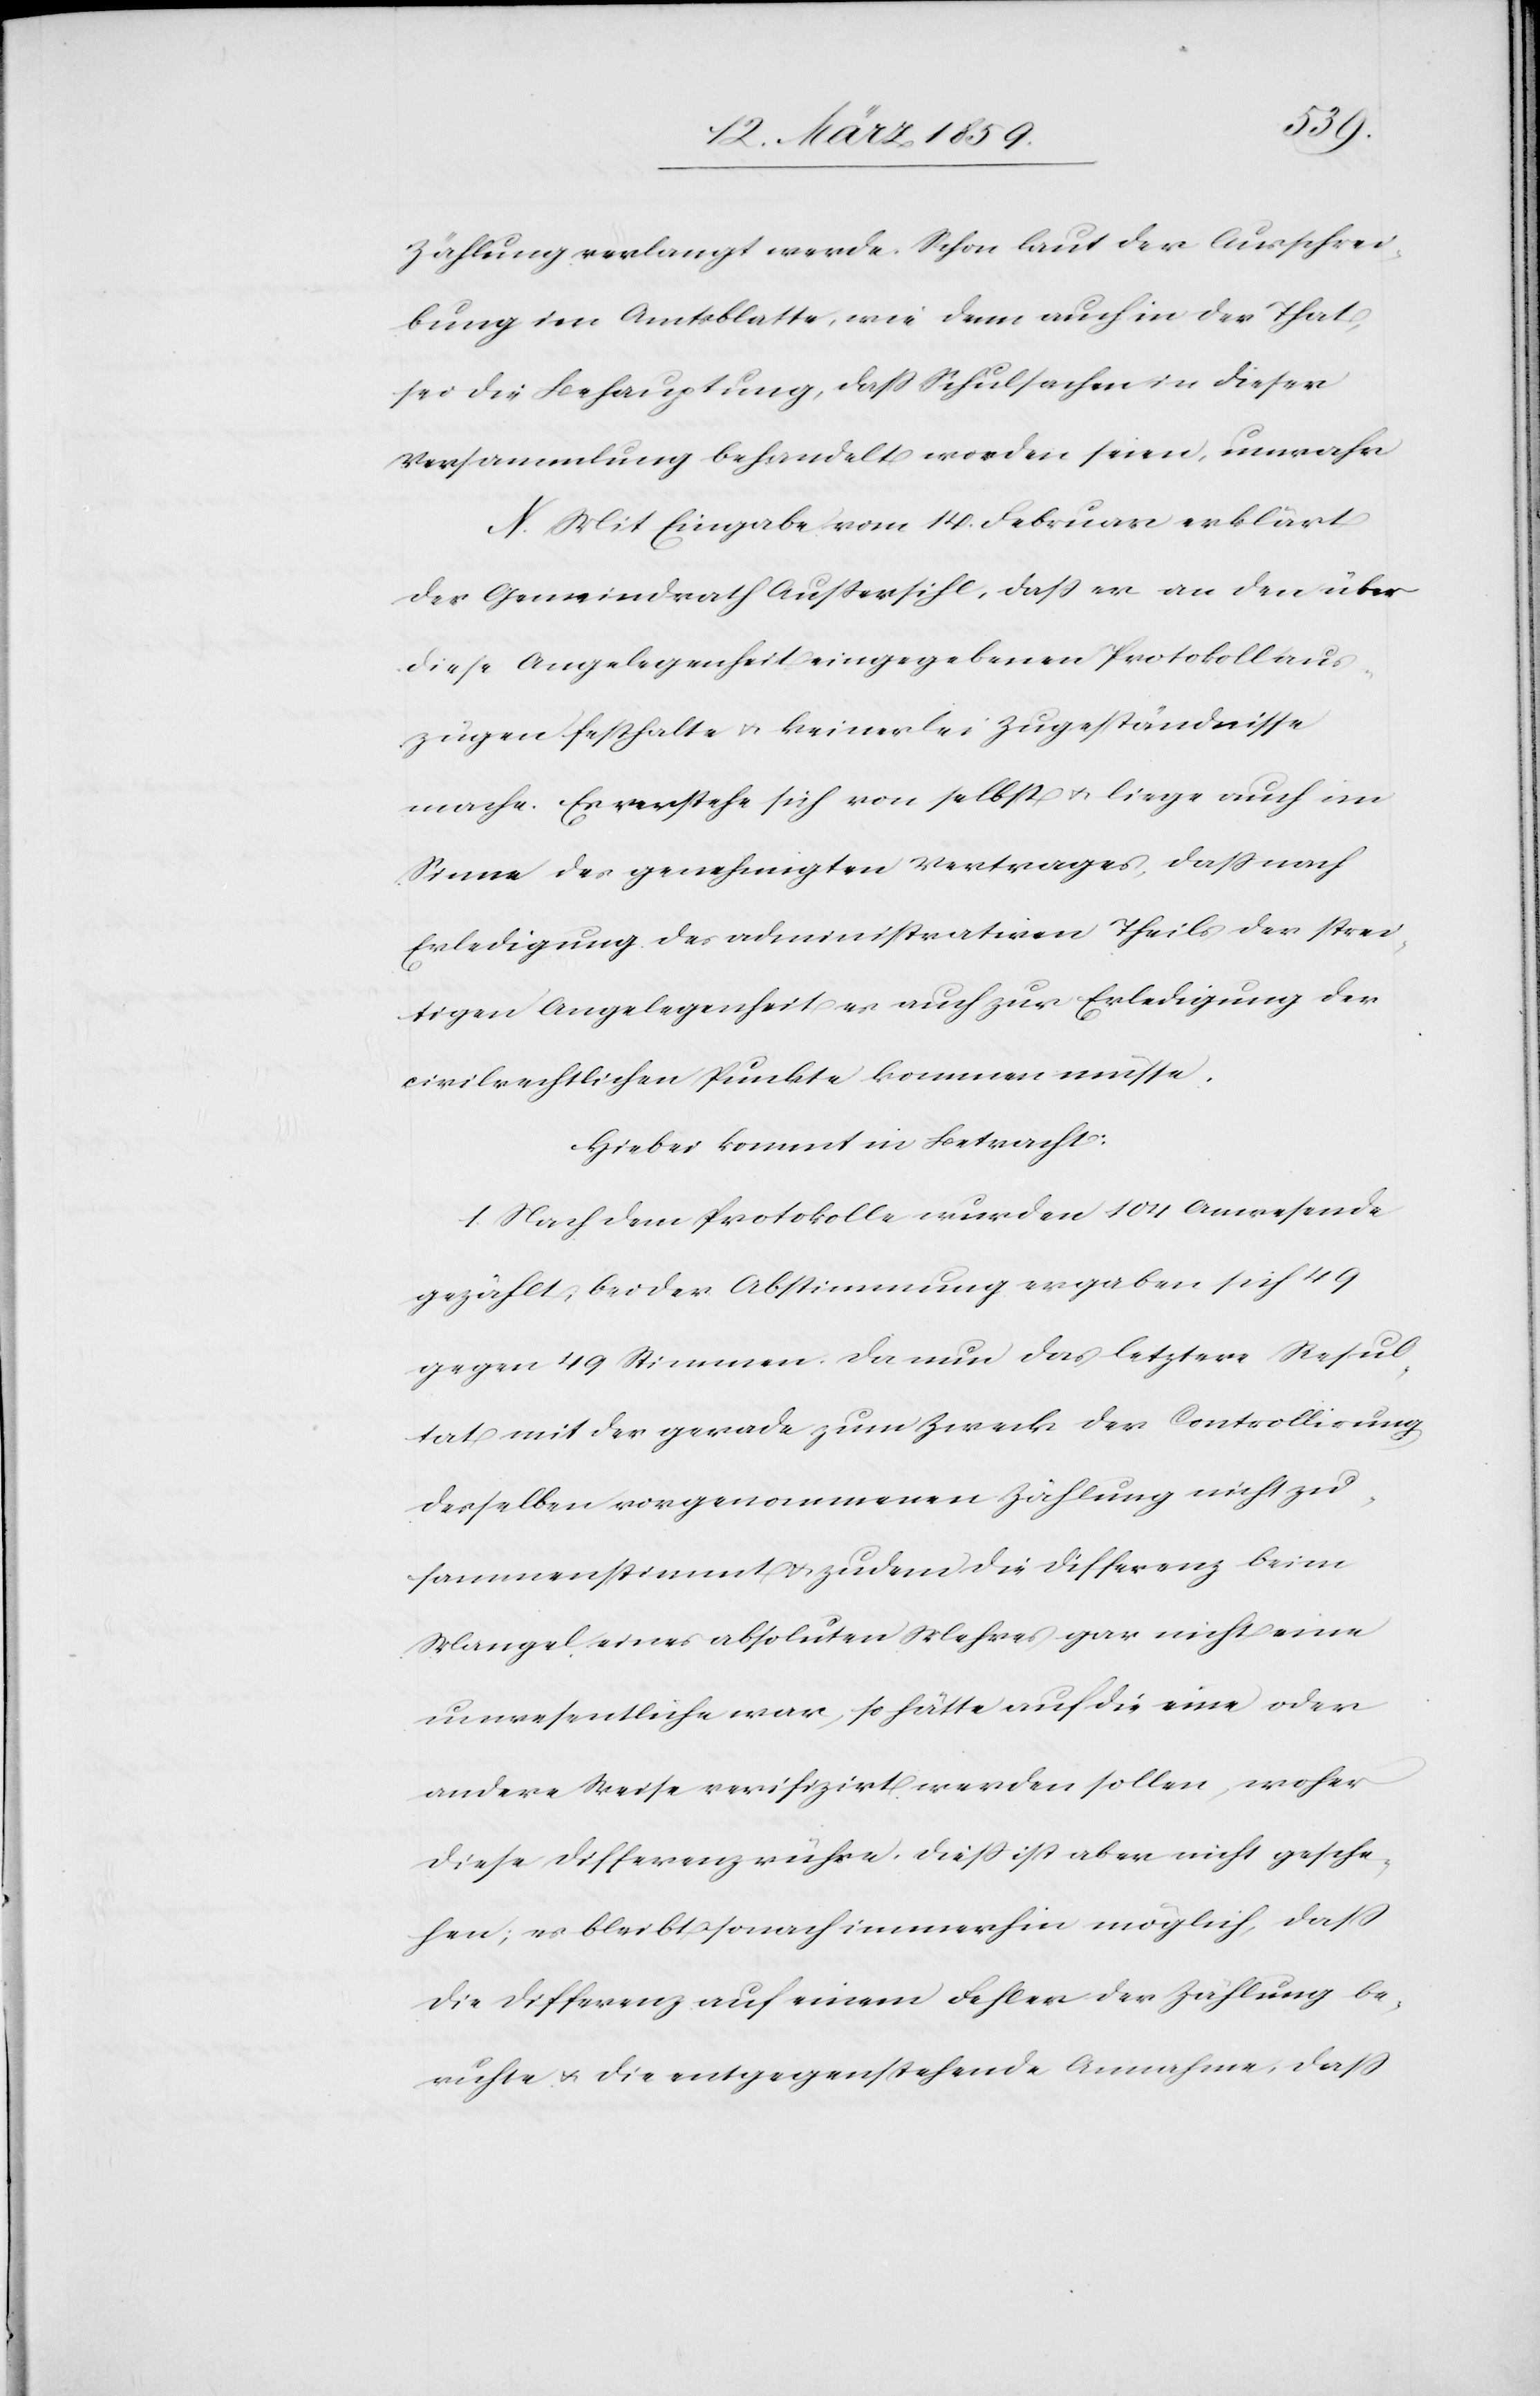
Zählung verlangt werde. Schon laut der Ausschrei¬
bung im Amtsblatte, wie denn auch in der That,
sei die Behauptung, daß Schulsachen in dieser
Versammlung behandelt worden seien, unwahr.
N. Mit Eingabe vom 14. Februar erklärt
der Gemeindrath Außersihl, daß er an den über
diese Angelegenheit eingegebenen Protokollaus¬
zügen festhalte u. keinerlei Zugeständnisse
mache. Es verstehe sich von selbst u. liege auch im
Sinne des genehmigten Vertrages, daß nach
Erledigung des administrativen Theils der strei¬
tigen Angelegenheit es auch zur Erledigung der
civilrechtlichen Punkte kommen müsse.
Hiebei kommt in Betracht:
1. Nach dem Protokolle wurden 104 Anwesende
gezählt, bei der Abstimmung ergaben sich 49
gegen 49 Stimmen. Da nun das letztere Resul¬
tat mit der gerade zum Zweck der Controllirung
desselben vorgenommenen Zählung nicht zu¬
sammenstimmt u. zudem die Differenz beim
Mangel eines absoluten Mehres gar nicht eine
unwesentliche war, so hätte auf die eine oder
andere Weise verifizirt werden sollen, woher
diese Differenz rühre, dieß ist aber nicht gesche¬
hen; es bleibt sonach immerhin möglich, daß
die Differenz auf einem Fehler der Zählung be¬
ruhte u. die entgegenstehende Annahme, daß